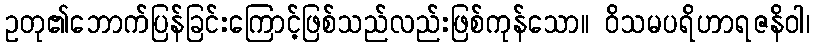
ဥတု၏ဘောက်ပြန်ခြင်းကြောင့်ဖြစ်သည်လည်းဖြစ်ကုန်သော။ ဝိသမပရိဟာရဇနိဝါ၊